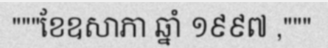
"""ខែឧសាភា ឆ្នាំ ១៩៩៧ ,"""